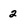
Character: 2